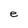
Character: e